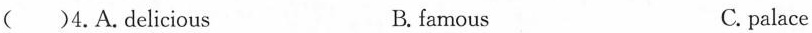
( )4.A.delicious B. famous C. palace